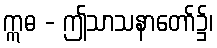
ဣဓ - ဤသာသနာတော်၌၊